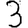
Digit: 3